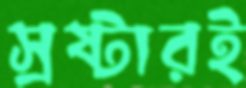
স্রষ্টারই